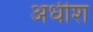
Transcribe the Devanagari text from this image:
अधीश